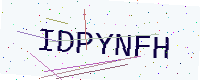
Text: IDPYNFH